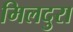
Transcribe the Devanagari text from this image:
मिलदुरा